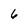
Character: 6